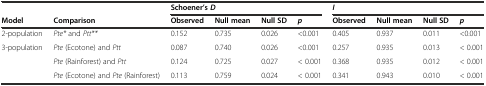
<table><thead><tr><td colspan="2"></td><td colspan="4"><b>Schoener’s<i>D</i></b></td><td colspan="4"><b><i>I</i></b></td></tr><tr><td><b>Model</b></td><td><b>Comparison</b></td><td><b>Observed</b></td><td><b>Null mean</b></td><td><b>Null SD</b></td><td><b><i>p</i></b></td><td><b>Observed</b></td><td><b>Null mean</b></td><td><b>Null SD</b></td><td><b><i>p</i></b></td></tr></thead><tbody><tr><td>2-population</td><td><i>Pte*</i> and <i>Ptt**</i></td><td>0.152</td><td>0.735</td><td>0.026</td><td>&lt;0.001</td><td>0.405</td><td>0.937</td><td>0.011</td><td>&lt;0.001</td></tr><tr><td rowspan="3">3-population</td><td><i>Pte</i> (Ecotone) and <i>Ptt</i></td><td>0.087</td><td>0.740</td><td>0.026</td><td>&lt;0.001</td><td>0.257</td><td>0.935</td><td>0.013</td><td>&lt; 0.001</td></tr><tr><td><i>Pte</i> (Rainforest) and <i>Ptt</i></td><td>0.124</td><td>0.725</td><td>0.027</td><td>&lt; 0.001</td><td>0.368</td><td>0.935</td><td>0.012</td><td>&lt; 0.001</td></tr><tr><td><i>Pte</i> (Ecotone) and <i>Pte</i> (Rainforest)</td><td>0.113</td><td>0.759</td><td>0.024</td><td>&lt; 0.001</td><td>0.341</td><td>0.943</td><td>0.010</td><td>&lt; 0.001</td></tr></tbody></table>